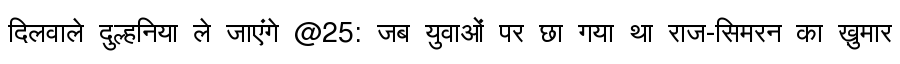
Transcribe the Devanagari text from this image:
दिलवाले दुल्हनिया ले जाएंगे @25: जब युवाओं पर छा गया था राज-सिमरन का ख़ुमार